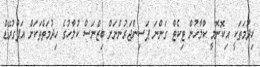
ހިދުމަތަކީ އިކޮނޮމީ ކްލާހުން ޓިކެޓް ގަންނަ ޕަސިންޖަރުންނަށް ބިޒްނަސް ކުލާހުގެ ހިދުމަތްތަކަށް އަޕްގުރޭޑް